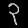
Digit: ၃